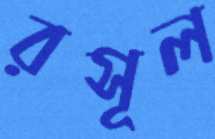
রসূল